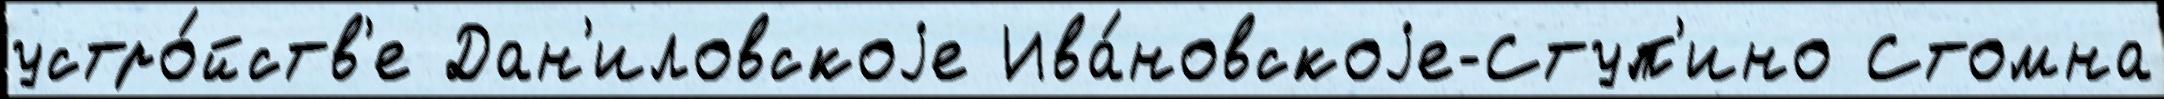
устро́йств'е Дан'иловскоjе Ива́новскоjе-Ступ'ино Стомна